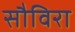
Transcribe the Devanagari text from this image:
सौविरा